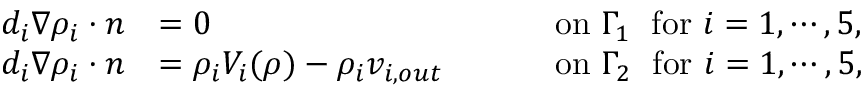
\begin{array} { r l r l } { d _ { i } \nabla \rho _ { i } \cdot n } & { = 0 } & { \quad } & { \mathrm { ~ o n ~ } \Gamma _ { 1 } \; \mathrm { ~ f o r ~ } i = 1 , \cdots , 5 , } \\ { d _ { i } \nabla \rho _ { i } \cdot n } & { = \rho _ { i } V _ { i } ( \rho ) - \rho _ { i } v _ { i , o u t } } & { \quad } & { \mathrm { ~ o n ~ } \Gamma _ { 2 } \; \mathrm { ~ f o r ~ } i = 1 , \cdots , 5 , } \end{array}